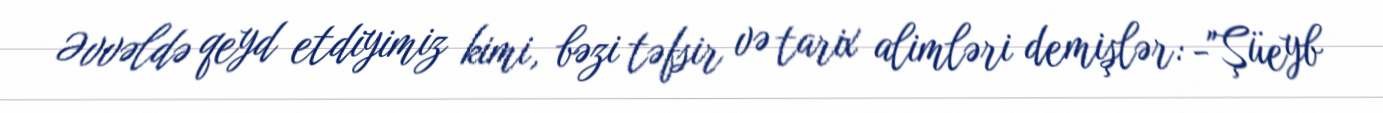
Əvvəldə qeyd etdiyimiz kimi, bəzi təfsir və tarix alimləri demişlər: -"Şüeyb